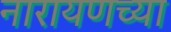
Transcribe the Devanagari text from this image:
नारायणच्या